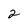
Character: 2